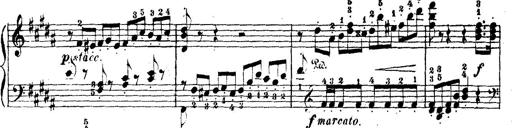
Title: Wagner-Liszt Album
Composer: Franz Liszt